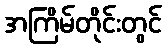
အကြိမ်တိုင်းတွင်